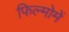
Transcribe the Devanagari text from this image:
फिल्मोमें